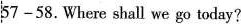
57—58.Where shall we go today?